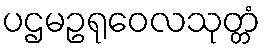
ပဌမဥရုဝေလသုတ္တံ